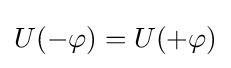
U(-\varphi )=U(+\varphi )